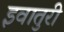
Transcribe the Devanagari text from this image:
इवातुरी